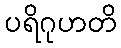
ပရိဂုဟတိ